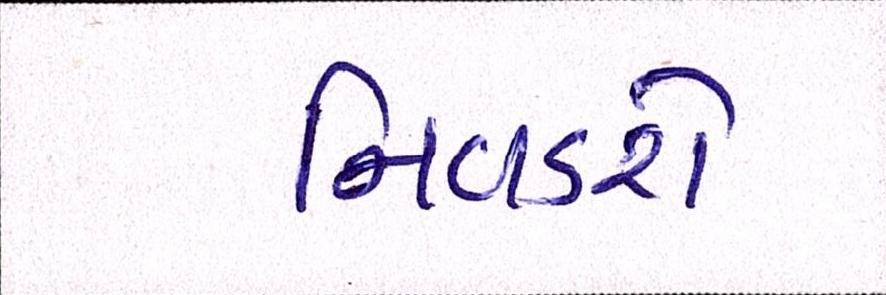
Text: નિવડશે